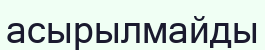
асырылмайды